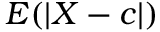
E ( \left| X - c \right| )